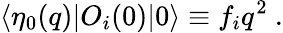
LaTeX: \langle\eta_{0}(q)|O_{i}(0)|0\rangle\equiv f_{i}q^{2}\ .